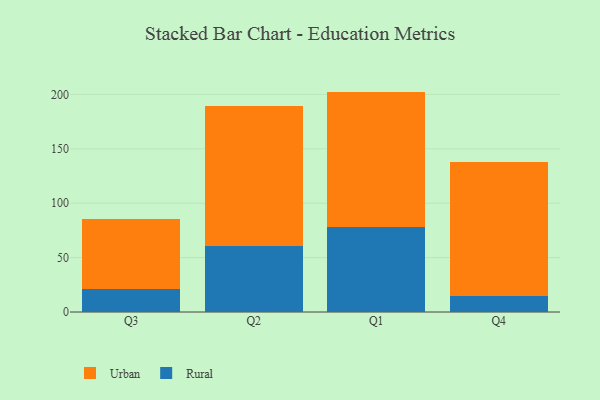
{"axis": {"x": "Quarter", "y": "Website Visitors"}, "legend": ["Rural", "Urban"], "data": [{"x": "Q3", "y": 21.5, "type": "Rural"}, {"x": "Q3", "y": 63.7, "type": "Urban"}, {"x": "Q2", "y": 60.4, "type": "Rural"}, {"x": "Q2", "y": 129.1, "type": "Urban"}, {"x": "Q1", "y": 78.1, "type": "Rural"}, {"x": "Q1", "y": 124.5, "type": "Urban"}, {"x": "Q4", "y": 14.8, "type": "Rural"}, {"x": "Q4", "y": 122.9, "type": "Urban"}]}